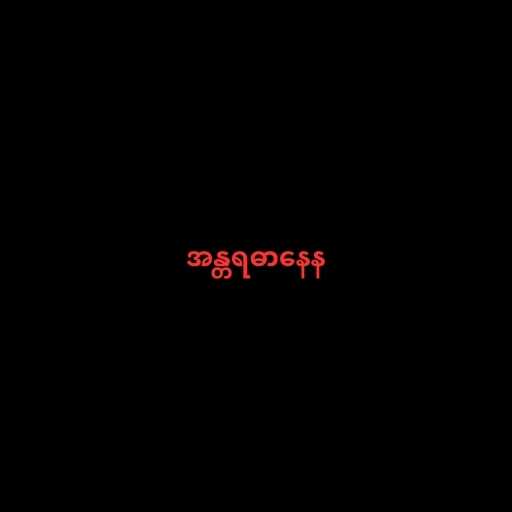
အန္တရဓာနေန